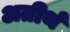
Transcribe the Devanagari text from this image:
अतीर्थ